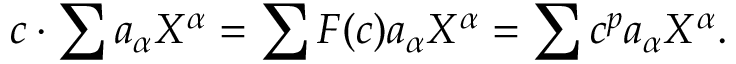
c \cdot \sum a _ { \alpha } X ^ { \alpha } = \sum F ( c ) a _ { \alpha } X ^ { \alpha } = \sum c ^ { p } a _ { \alpha } X ^ { \alpha } .